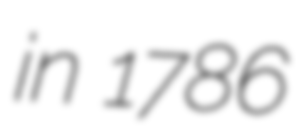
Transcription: in 1786